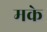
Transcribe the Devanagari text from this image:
मके